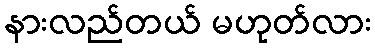
နားလည်တယ် မဟုတ်လား